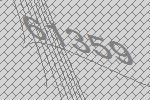
61359